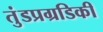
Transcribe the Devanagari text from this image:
तुंडप्रग्रडिकी